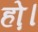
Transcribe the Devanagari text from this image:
हो़।